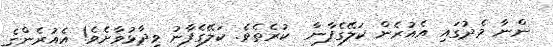
ންނާ މެދުގައި އެއުރެން ކަލޭގެފާނާ  ކުރެތެވެ. ކަލޭގެފާނު ވިދާޅުވާށެވެ! އެއުރެންގެ